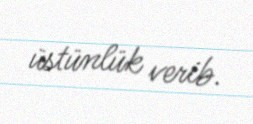
üstünlük verib.